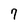
Character: 7